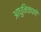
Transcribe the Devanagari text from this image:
आधुनिकपणे